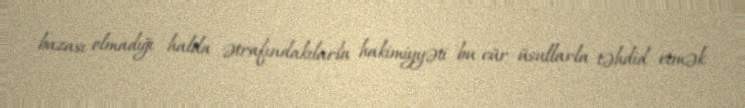
bazası olmadığı halda ətrafındakılarla hakimiyyəti bu cür üsullarla təhdid etmək